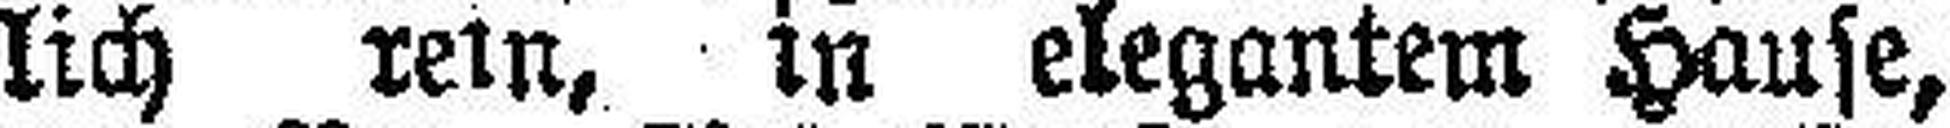
lich rein, in elegantem Hause,